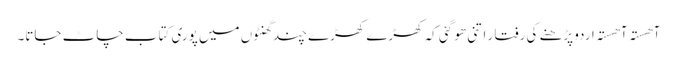
آھستہ آھستہ اردو پڑھنے کی رفتا ر اتنی ھو گئی کہ کھڑے کھڑے چند گھنٹوں میں پوری کتاب چاٹ جاتا۔